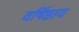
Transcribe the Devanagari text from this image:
वर्षिष्ठाय